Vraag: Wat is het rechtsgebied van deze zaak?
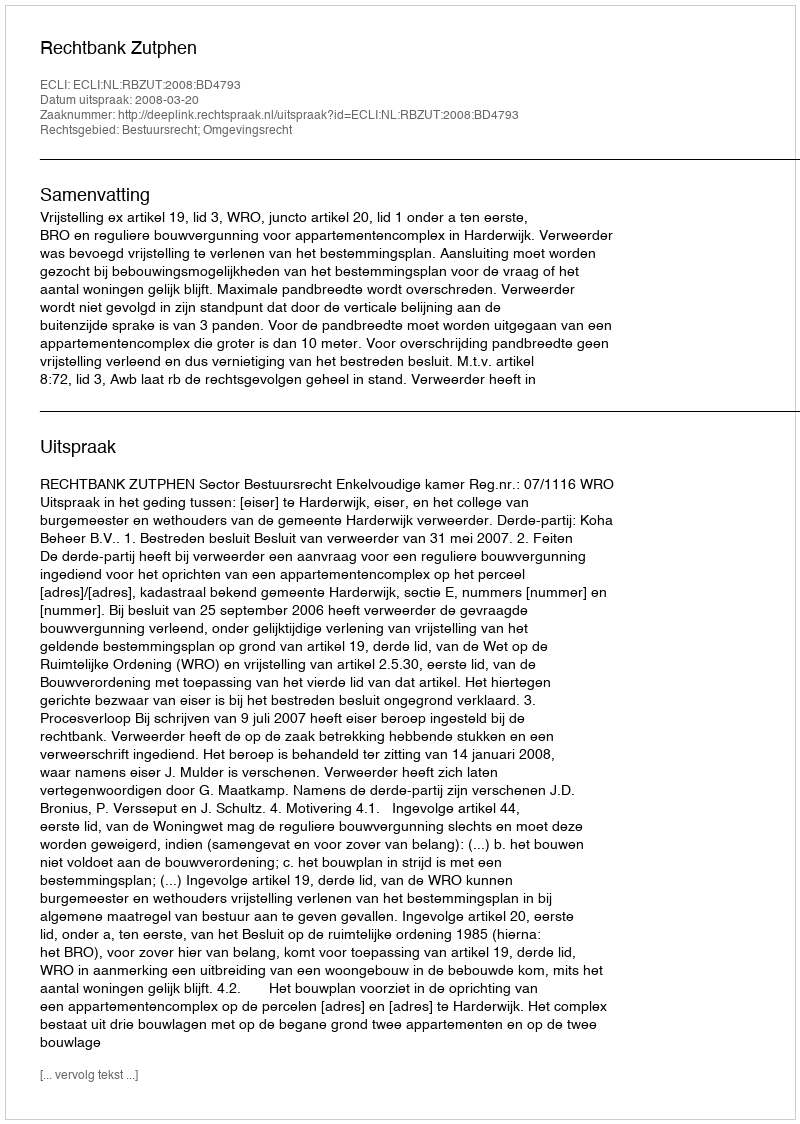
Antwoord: Bestuursrecht; Omgevingsrecht